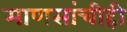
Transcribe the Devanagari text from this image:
माणसांचीही